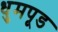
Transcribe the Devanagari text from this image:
धुमपूड